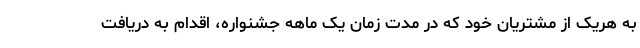
به هریک از مشتریان خود که در مدت زمان یک ماهه جشنواره، اقدام به دریافت